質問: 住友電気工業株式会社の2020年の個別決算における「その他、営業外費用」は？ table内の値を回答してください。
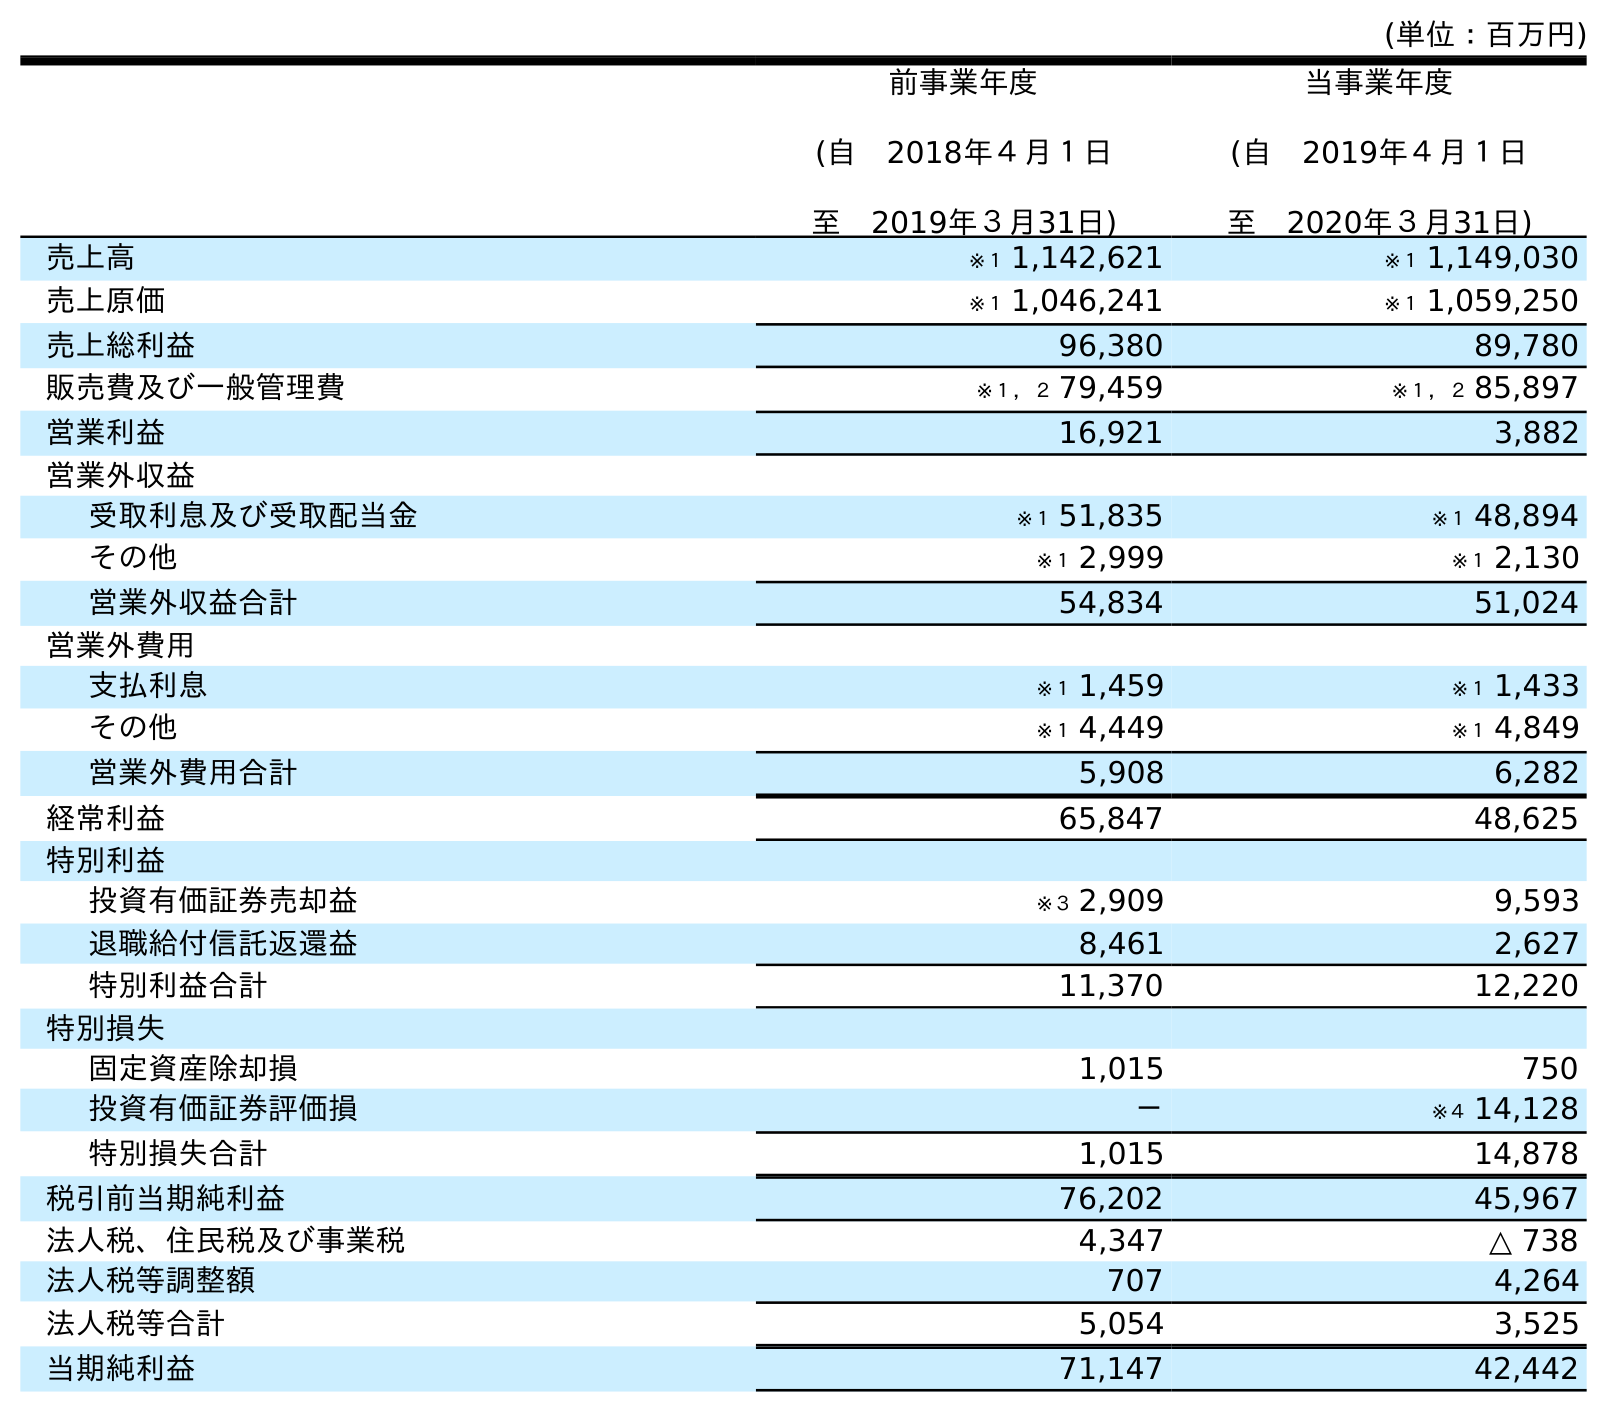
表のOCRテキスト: (単位：百万円) 前事業年度 (自 2018年４月１日 至 2019年３月31日) 当事業年度 (自 2019年４月１日 至 2020年３月31日) 売上高 ※１ 1,142,621 ※１ 1,149,030 売上原価 ※１ 1,046,241 ※１ 1,059,250 売上総利益 96,380 89,780 販売費及び一般管理費 ※１，２ 79,459 ※１，２ 85,897 営業利益 16,921 3,882 営業外収益 受取利息及び受取配当金 ※１ 51,835 ※１ 48,894 その他 ※１ 2,999 ※１ 2,130 営業外収益合計 54,834 51,024 営業外費用 支払利息 ※１ 1,459 ※１ 1,433 その他 ※１ 4,449 ※１ 4,849 営業外費用合計 5,908 6,282 経常利益 65,847 48,625 特別利益 投資有価証券売却益 ※３ 2,909 9,593 退職給付信託返還益 8,461 2,627 特別利益合計 11,370 12,220 特別損失 固定資産除却損 1,015 750 投資有価証券評価損 － ※４ 14,128 特別損失合計 1,015 14,878 税引前当期純利益 76,202 45,967 法人税、住民税及び事業税 4,347 △ 738 法人税等調整額 707 4,264 法人税等合計 5,054 3,525 当期純利益 71,147 42,442
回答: ※１4,849